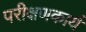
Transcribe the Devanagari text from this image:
परीक्षणकार्य